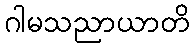
ဂါမသညာယာတိ